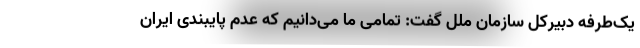
یک‌طرفه دبیرکل سازمان ملل گفت: تمامی ما می‌دانیم که عدم پایبندی ایران